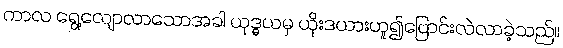
ကာလ ရွေ့လျောလာသောအခါ ယုဒ္ဓယမှ ယိုးဒယားဟူ၍ပြောင်းလဲလာခဲ့သည်။